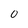
Character: 0